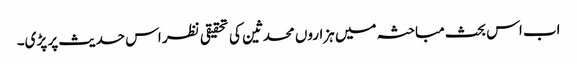
اب اس بحث مباحثہ میں ہزاروں محدثین کی تحقیقی نظر اس حدیث پر پڑی۔